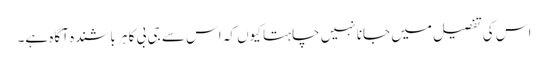
اس کی تفصیل میں جانا نہیں چاہتا کیوں کہ اس سے جی بی کا ہر باشندہ آگاہ ہے۔